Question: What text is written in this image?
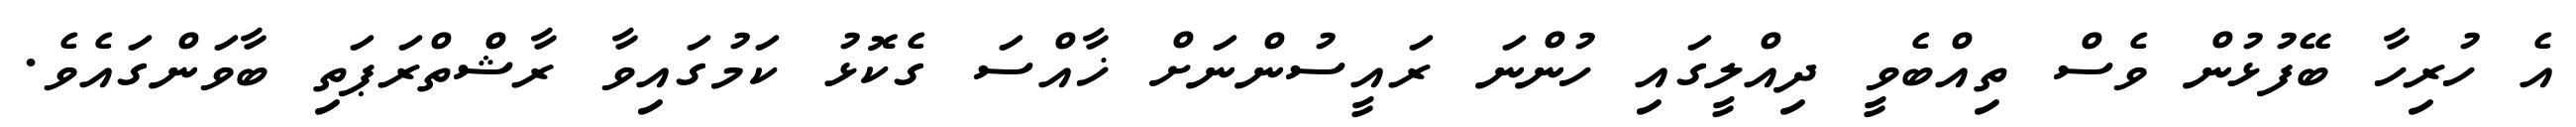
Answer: އެ ހުރިހާ ބޭފުޅުން ވެސް ތިއްބެވީ ދިއްލީގައި ހުންނަ ރައީސުންނަށް ޚާއްސަ ގެކޮޅު ކަމުގައިވާ ރާޝްތްރަޕަތި ބާވަންގައެވެ.